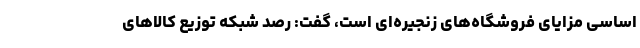
اساسی مزایای فروشگاه‌های زنجیره‌ای است، گفت: رصد شبکه توزیع کالاهای